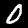
Digit: 0